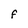
Character: F